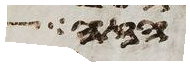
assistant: הזה